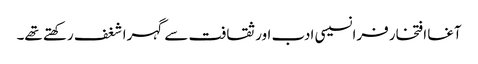
آغا افتخار فرانسیسی ادب اور ثقافت سے گہرا شغف رکھتے تھے۔